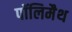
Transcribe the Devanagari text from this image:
पॉलिमैथ